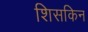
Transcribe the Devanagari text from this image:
शिसकिन